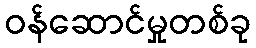
ဝန်ဆောင်မှုတစ်ခု